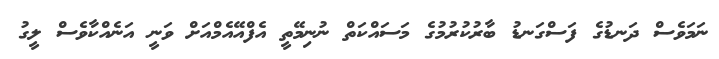
ނަމަވެސް ދަނޑުގެ ފަސްގަނޑު ބާރުކުރުމުގެ މަސައްކަތް ނުނިމޭތީ އެފްއޭއެމްއަށް ވަނީ އަނެއްކާވެސް ލީގު